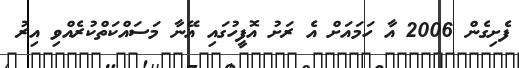
ފެށިގެން 2006 އާ ހަމައަށް އެ ރަށު އޮފީހުގައި އޭނާ މަސައްކަތްކުރެއްވި އިރު